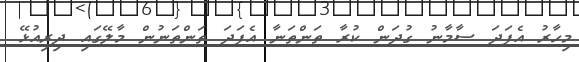
މިހާރު އެފަދަ ސާމާނު ގުދަން ކުރާ ތަންތަނާ އެފަދަ ތަންތަނުން މާލޭގައި ދިރިއުޅޭ